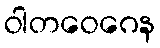
ဝါတဝေဂေန